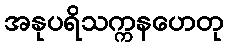
အနုပရိသက္ကနဟေတု